Note on the mental hospitals in Burma - 1925-1940
Year: 1925
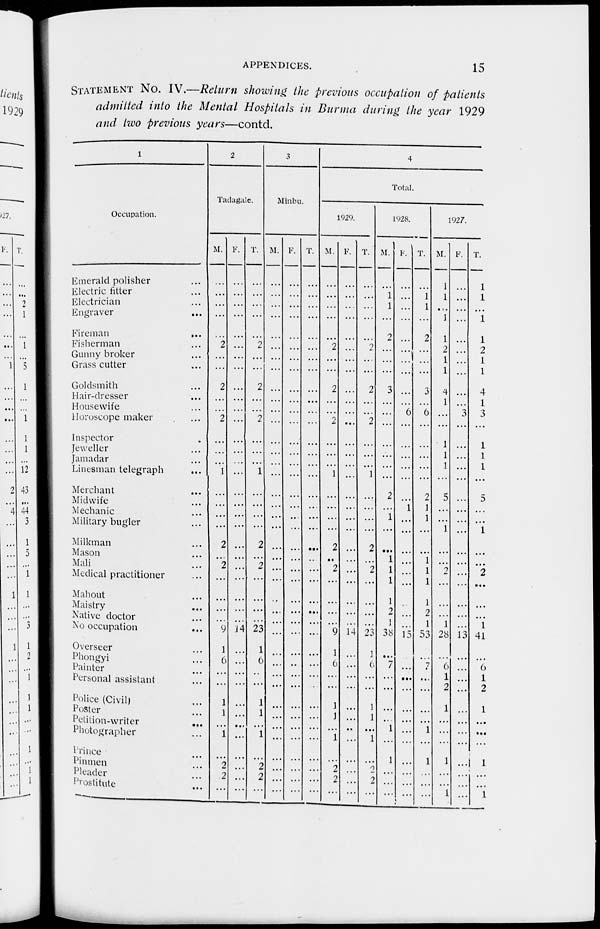
APPENDICES.
15
STATEMENT No. IV.—Return showing the previous occupation of patients
admitted into the Mental Hospitals in Burma during the year 1929
and two previous years—contd.
1
Occupation.
Emerald polisher ...
Electric fitter ...
Electrician
...
Engraver ...
Fireman
...
Fisherman ...
Gunny broker ...
Grass cutter ...
Goldsmith ...
Hair-dresser ...
Housewife ...
Horoscope maker ...
Inspector ...
Jeweller ...
Jamadar ...
Linesman telegraph ...
Merchant ...
Midwife ...
Mechanic ...
Military bugler ...
Milkman ...
Mason ...
Mali ...
Medical practitioner ...
Mahout ...
Maistry
...
Native doctor ...
No occupation ...
Overseer ...
Phongyi ...
Painter ...
Personal assistant ...
Police (Civil) ...
Poster ...
Petition-writer
...
Photographer ...
Prince ...
Pinmen ...
Pleader ...
Prostitute ...
2
Tadagale.
M.
...
...
...
...
...
2
...
...
2
...
...
2
...
...
...
1
...
...
...
...
2
...
2
...
...
...
...
9
1
6
...
...
1
1
...
1
...
2
2
...
F.
...
...
...
...
...
...
...
...
...
...
...
...
...
...
...
...
...
...
...
...
...
...
...
...
...
...
...
14
...
...
...
...
...
...
...
...
...
...
...
...
T.
...
...
...
...
...
2
...
...
2
...
...
2
...
...
...
1
...
...
...
...
2
...
2
...
...
...
...
23
1
6
...
...
1
1
...
1
...
2
2
...
3
Minbu.
M.
...
...
...
...
...
...
...
...
...
...
...
...
...
...
...
...
...
...
...
...
...
...
...
...
...
...
...
...
...
...
...
...
...
...
...
...
...
...
...
...
F.
...
...
...
...
...
...
...
...
...
...
...
...
...
...
...
...
...
...
...
...
...
...
...
...
...
...
...
...
...
...
...
...
...
...
...
...
...
...
...
...
T.
...
...
...
...
...
...
...
...
...
...
...
...
...
...
...
...
...
...
...
...
...
...
...
...
...
...
...
...
...
...
...
...
...
...
...
...
...
...
...
...
4
Total.
1929.
M.
...
...
...
...
...
2
...
...
2
...
...
2
...
...
...
1
...
...
...
...
2
...
2
...
...
...
...
9
1
6
...
...
1
1
...
1
...
2
2
...
F.
...
...
...
...
...
...
...
...
...
...
...
...
...
...
...
...
...
...
...
...
...
...
...
...
...
...
...
14
...
...
...
...
...
...
...
...
...
...
...
...
T.
...
...
...
...
...
2
...
...
2
...
...
2
...
...
...
1
...
...
...
...
2
...
2
...
...
...
...
23
1
6
...
...
1
1
...
1
...
2
2
...
1928.
M.
...
1
1
...
2
...
...
...
3
...
...
...
...
...
...
...
2
...
1
...
...
1
1
1
1
2
1
38
...
7
...
...
...
...
1
...
1
...
...
...
F.
...
...
...
...
...
...
...
...
...
...
6
...
...
...
...
...
...
1
...
...
...
...
...
...
...
...
...
15
...
...
...
...
...
...
...
...
...
...
...
...
T.
...
1
1
...
2
...
...
...
3
...
6
...
...
...
...
...
2
1
1
...
...
1
1
1
1
2
1
53
...
7
...
...
...
...
1
...
1
...
...
...
1927.
M.
1
1
...
1
1
2
1
1
4
1
...
...
1
1
1
...
5
...
...
1
...
...
2
...
...
...
1
28
...
6
1
2
1
...
...
...
1
...
...
1
F.
...
...
...
...
...
...
...
...
...
...
3
...
...
...
...
...
...
...
...
...
...
...
...
...
...
...
...
13
...
...
...
...
...
...
...
...
...
...
...
...
T.
1
1
...
1
1
2
1
1
4
1
3
...
1
1
1
...
5
...
...
1
...
...
2
...
...
...
1
41
...
6
1
2
1
...
...
...
1
...
...
1